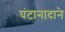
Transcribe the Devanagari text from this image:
घंटानादाने